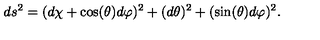
d s ^ { 2 } = ( d \chi + \cos ( \theta ) d \varphi ) ^ { 2 } + ( d \theta ) ^ { 2 } + ( \sin ( \theta ) d \varphi ) ^ { 2 } .